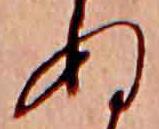
ぬ